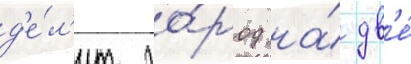
д'е́л'ит го́род на́ дв'е́